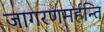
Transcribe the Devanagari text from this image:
जागरणमर्हन्ति